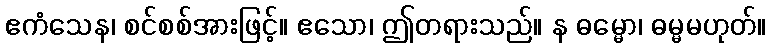
ဧကံသေန၊ စင်စစ်အားဖြင့်။ ဧသော၊ ဤတရားသည်။ န ဓမ္မော၊ ဓမ္မမဟုတ်။